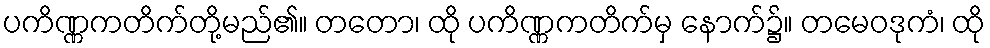
ပကိဏ္ဏကတိက်တို့မည်၏။ တတော၊ ထို ပကိဏ္ဏကတိက်မှ နောက်၌။ တမေဝဒုကံ၊ ထို